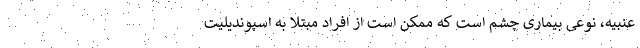
عنبیه، نوعی بیماری چشم است که ممکن است از افراد مبتلا به اسپوندیلیت